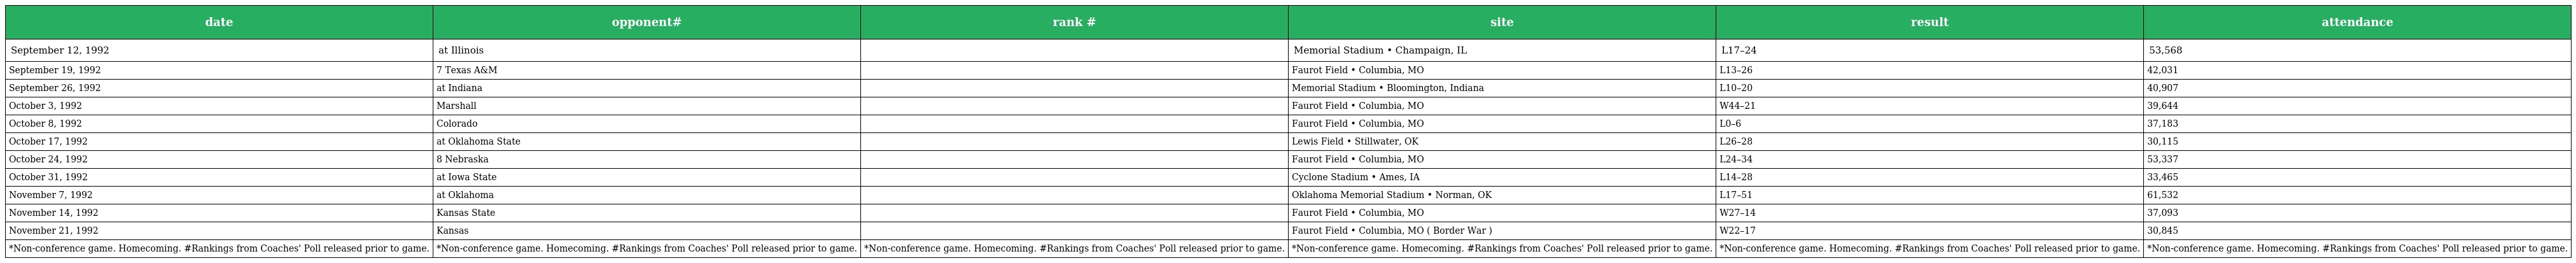
| date | opponent# | rank # | site | result | attendance |
 | --- | --- | --- | --- | --- | --- |
 | September 12, 1992 | at Illinois |  | Memorial Stadium • Champaign, IL | L17–24 | 53,568 |
 | September 19, 1992 | 7 Texas A&M |  | Faurot Field • Columbia, MO | L13–26 | 42,031 |
 | September 26, 1992 | at Indiana |  | Memorial Stadium • Bloomington, Indiana | L10–20 | 40,907 |
 | October 3, 1992 | Marshall |  | Faurot Field • Columbia, MO | W44–21 | 39,644 |
 | October 8, 1992 | Colorado |  | Faurot Field • Columbia, MO | L0–6 | 37,183 |
 | October 17, 1992 | at Oklahoma State |  | Lewis Field • Stillwater, OK | L26–28 | 30,115 |
 | October 24, 1992 | 8 Nebraska |  | Faurot Field • Columbia, MO | L24–34 | 53,337 |
 | October 31, 1992 | at Iowa State |  | Cyclone Stadium • Ames, IA | L14–28 | 33,465 |
 | November 7, 1992 | at Oklahoma |  | Oklahoma Memorial Stadium • Norman, OK | L17–51 | 61,532 |
 | November 14, 1992 | Kansas State |  | Faurot Field • Columbia, MO | W27–14 | 37,093 |
 | November 21, 1992 | Kansas |  | Faurot Field • Columbia, MO ( Border War ) | W22–17 | 30,845 |
 | *Non-conference game. Homecoming. #Rankings from Coaches' Poll released prior to game. | *Non-conference game. Homecoming. #Rankings from Coaches' Poll released prior to game. | *Non-conference game. Homecoming. #Rankings from Coaches' Poll released prior to game. | *Non-conference game. Homecoming. #Rankings from Coaches' Poll released prior to game. | *Non-conference game. Homecoming. #Rankings from Coaches' Poll released prior to game. | *Non-conference game. Homecoming. #Rankings from Coaches' Poll released prior to game. |